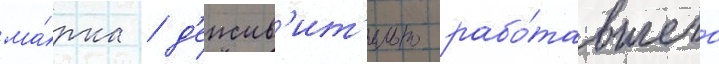
ма́рка / д'еиств'ит'ельно рабо́тавшего